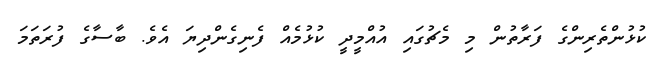
ކުޅުންތެރިންގެ ފަރާތުން މި މެޗުގައި އުއްމީދީ ކުޅުމެއް ފެނިގެންދިޔަ އެވެ. ބާސާގެ ފުރަތަމަ